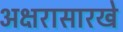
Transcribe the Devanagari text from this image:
अक्षरासारखे